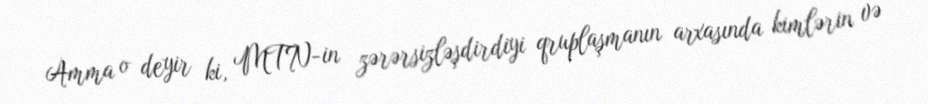
Amma o deyir ki, MTN-in zərərsizləşdirdiyi qruplaşmanın arxasında kimlərin və